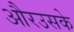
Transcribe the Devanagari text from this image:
औरउसके